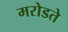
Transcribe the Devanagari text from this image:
मरोडते